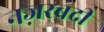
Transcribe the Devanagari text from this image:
नज़रबदी